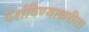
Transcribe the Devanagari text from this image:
दर्शविण्याकरीता